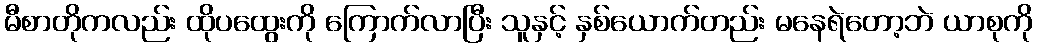
မီစာတိုကလည်း ထိုပထွေးကို ကြောက်လာပြီး သူနှင့် နှစ်ယောက်တည်း မနေရဲတော့ဘဲ ယာစုကို